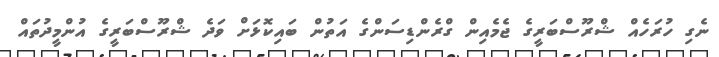
ނެގި ހުރަހެއް ޝްރޫސްބަރީގެ ޖެމެއިން ގްރެންޑިސަންގެ އަތުން ބައިކޮޅަށް ވަދެ ޝްރޫސްބަރީގެ އުންމީދުތައް